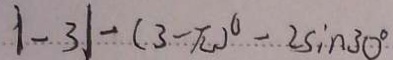
\vert - 3 \vert - ( 3 - \pi ) ^ { 0 } - 2 \sin 3 0 ^ { \circ }